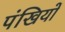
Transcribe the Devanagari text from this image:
पंखियों